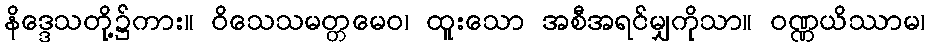
နိဒ္ဒေသတို့၌ကား။ ဝိသေသမတ္တမေဝ၊ ထူးသော အစီအရင်မျှကိုသာ။ ဝဏ္ဏယိဿာမ၊